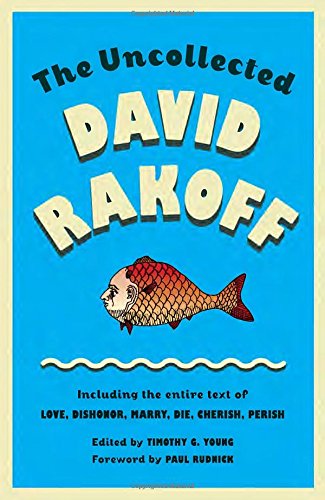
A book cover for The Uncollected David Rakoff: Including the entire text of Love, Dishonor, Marry, Die, Cherish, Perish (An Anchor Books Original); David Rakoff; Literature & Fiction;